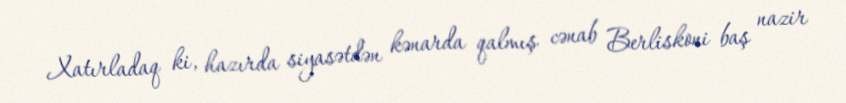
Xatırladaq ki, hazırda siyasətdən kənarda qalmış cənab Berliskoni baş nazir